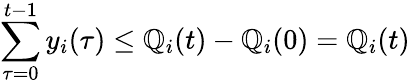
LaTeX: \sum_{\tau=0}^{t-1}y_{i}(\tau)\leq\mathbb{Q}_{i}(t)-\mathbb{Q}_{i}(0)=\mathbb{Q}_{i}(t)